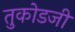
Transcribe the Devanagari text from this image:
तुकोडजी